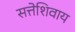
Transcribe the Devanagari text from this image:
सत्तेशिवाय